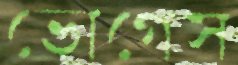
ভোগেস